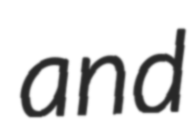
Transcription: and